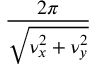
\frac { 2 \pi } { \sqrt { \nu _ { x } ^ { 2 } + \nu _ { y } ^ { 2 } } }